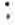
: